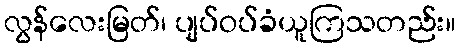
လွန်လေးမြတ်၊ ပျပ်ဝပ်ခံယူကြသတည်း။